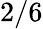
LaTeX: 2/6